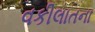
વકીલાતના